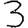
Digit: 3